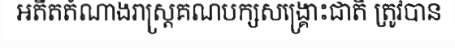
អតីតតំណាងរាស្ត្រគណបក្សសង្គ្រោះជាតិ ត្រូវបាន